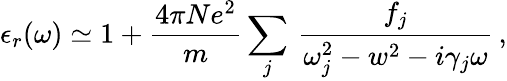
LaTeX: \epsilon_{r}(\omega)\simeq 1+\frac{4\pi Ne^{2}}{m}\sum_{j}\, \frac{f_{j}}{\omega_{j}^{2}-w^{2}-i\gamma_{j}\omega}\, ,